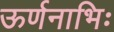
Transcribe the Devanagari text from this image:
ऊर्णनाभिः